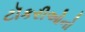
ટૉકરીઓનો